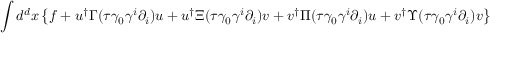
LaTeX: \int d ^ { d } x \left\{ f + u ^ { \dagger } \Gamma ( \tau \gamma _ { 0 } \gamma ^ { i } \partial _ { i } ) u + u ^ { \dagger } \Xi ( \tau \gamma _ { 0 } \gamma ^ { i } \partial _ { i } ) { v } + { v } ^ { \dagger } \Pi ( \tau \gamma _ { 0 } \gamma ^ { i } \partial _ { i } ) u + { v } ^ { \dagger } \Upsilon ( \tau \gamma _ { 0 } \gamma ^ { i } \partial _ { i } ) { v } \right\} .